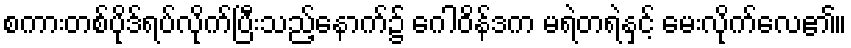
စကားတစ်ပိုဒ်ရပ်လိုက်ပြီးသည့်နောက်၌ ဂေါဝိန်ဒက မရဲတရဲနှင့် မေးလိုက်လေ၏။